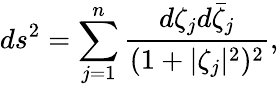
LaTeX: ds^{2}=\sum_{j=1}^{n}\frac{d\zeta_{j}d\bar{\zeta}_{j}}{(1+|\zeta_{j}|^{2})^{2}},